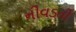
નીવડતો